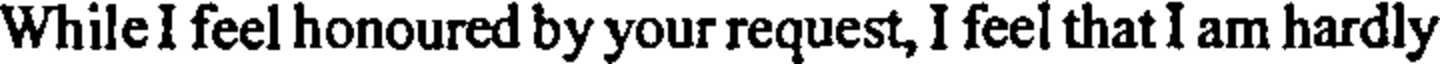
While I feel honoured by your request, I feel that I am hardly